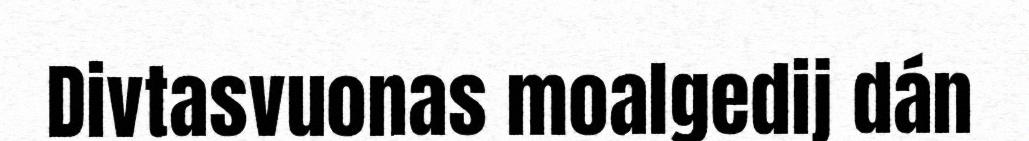
Divtasvuonas moalgedij dán